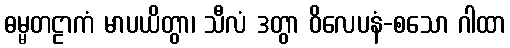
ဓမ္မတဠာကံ မာပယိတွာ၊ သီလံ ဒတွာ ဝိလေပနံ-စသော ဂါထာ